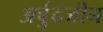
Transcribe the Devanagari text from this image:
अर्बुदजीन